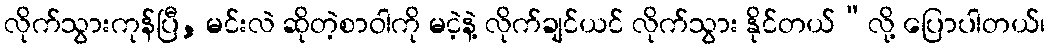
လိုက်သွားကုန်ပြီ, မင်းလဲ ဆိုတဲ့စာဝါကို မငဲ့နဲ့ လိုက်ချင်ယင် လိုက်သွား နိုင်တယ်”လို့ ပြောပါတယ်၊